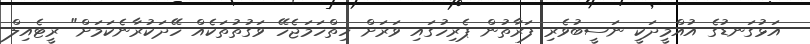
އަޅުގަނޑުގެ އުއްމީދަކީ ނަސީބުވެރި ފަރާތުން ޕެރިހުގައި ވަރަށް ހިތްހަމަޖެހޭ ވަގުތުތަކެއް ހޭދަކުރާނެކަމަށް" ރީޓެއިލް